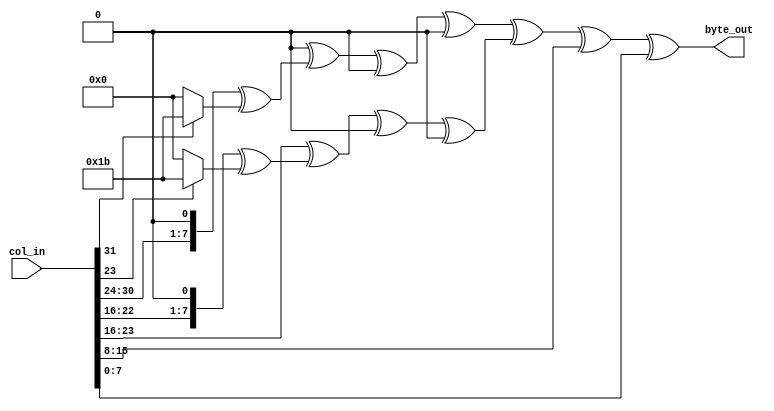

//
// AES Forward MixColumn byte module
//
// - Performs forward MixColumn operation.
// - Outputs a single byte of the new column
//
module aes_mixcolumn_byte_enc (
input   wire [31:0] col_in    ,
output  wire [ 7:0] byte_out
);


//
// Multiply by 2 in GF(2^8) modulo 8'h1b
function [7:0] xt2;
    input [7:0] a;
    xt2 = (a << 1) ^ (a[7] ? 8'h1b : 8'b0) ;
endfunction

//
// Paired down multiply by X in GF(2^8)
function [7:0] xtN;
    input[7:0] a;
    input[3:0] b;
    xtN = (b[0] ?             a   : 0) ^
          (b[1] ? xt2(        a)  : 0) ^
          (b[2] ? xt2(xt2(    a)) : 0) ^
          (b[3] ? xt2(xt2(xt2(a))): 0) ;
endfunction

wire [7:0] b3 = col_in[ 7: 0];
wire [7:0] b2 = col_in[15: 8];
wire [7:0] b1 = col_in[23:16];
wire [7:0] b0 = col_in[31:24];

assign byte_out = xtN(b0,4'd2) ^ xtN(b1,4'd3) ^ b2 ^ b3 ;

endmodule

//
// AES Inverse MixColumn byte module
//
// - Outputs a single byte of the new column
//
module aes_mixcolumn_byte_dec (
input   wire [31:0] col_in    ,
output  wire [ 7:0] byte_out
);


//
// Multiply by 2 in GF(2^8) modulo 8'h1b
function [7:0] xt2;
    input [7:0] a;
    xt2 = (a << 1) ^ (a[7] ? 8'h1b : 8'b0) ;
endfunction

//
// Paired down multiply by X in GF(2^8)
function [7:0] xtN;
    input[7:0] a;
    input[3:0] b;
    xtN = (b[0] ?             a   : 0) ^
          (b[1] ? xt2(        a)  : 0) ^
          (b[2] ? xt2(xt2(    a)) : 0) ^
          (b[3] ? xt2(xt2(xt2(a))): 0) ;
endfunction

wire [7:0] b3 = col_in[ 7: 0];
wire [7:0] b2 = col_in[15: 8];
wire [7:0] b1 = col_in[23:16];
wire [7:0] b0 = col_in[31:24];

assign byte_out = xtN(b0,4'he) ^ xtN(b1,4'hb) ^ xtN(b2,4'hd) ^ xtN(b3,4'h9);

endmodule


module aes_mixcolumn_byte (
input   wire [31:0] col_in    ,
input   wire        dec       ,
output  wire [ 7:0] byte_out
);

wire [7:0] b_dec;
wire [7:0] b_enc;

aes_mixcolumn_byte_enc i_enc(.col_in(col_in),.byte_out(b_enc));
aes_mixcolumn_byte_dec i_dec(.col_in(col_in),.byte_out(b_dec));

assign byte_out = dec ? b_dec : b_enc;

endmodule

//
// AES Forward MixColumn Word module
//
// - Outputs the entire new column.
//
module aes_mixcolumn_word_enc (

input   wire [31:0] col_in    ,
output  wire [31:0] col_out

);

wire [ 7:0] b0 = col_in[ 7: 0];
wire [ 7:0] b1 = col_in[15: 8];
wire [ 7:0] b2 = col_in[23:16];
wire [ 7:0] b3 = col_in[31:24];
    
wire [31:0] mix_in_3 = {b3, b0, b1, b2};
wire [31:0] mix_in_2 = {b2, b3, b0, b1};
wire [31:0] mix_in_1 = {b1, b2, b3, b0};
wire [31:0] mix_in_0 = {b0, b1, b2, b3};

wire [ 7:0] mix_out_3;
wire [ 7:0] mix_out_2;
wire [ 7:0] mix_out_1;
wire [ 7:0] mix_out_0;

assign col_out = {mix_out_3, mix_out_2, mix_out_1, mix_out_0};

aes_mixcolumn_byte_enc i_mc_enc_0(.col_in(mix_in_0), .byte_out(mix_out_0));
aes_mixcolumn_byte_enc i_mc_enc_1(.col_in(mix_in_1), .byte_out(mix_out_1));
aes_mixcolumn_byte_enc i_mc_enc_2(.col_in(mix_in_2), .byte_out(mix_out_2));
aes_mixcolumn_byte_enc i_mc_enc_3(.col_in(mix_in_3), .byte_out(mix_out_3));

endmodule

//
// AES Inverse MixColumn Word module
//
// - Outputs the entire new column.
//
module aes_mixcolumn_word_dec (

input   wire [31:0] col_in    ,
output  wire [31:0] col_out

);

wire [ 7:0] b0 = col_in[ 7: 0];
wire [ 7:0] b1 = col_in[15: 8];
wire [ 7:0] b2 = col_in[23:16];
wire [ 7:0] b3 = col_in[31:24];
    
wire [31:0] mix_in_3 = {b3, b0, b1, b2};
wire [31:0] mix_in_2 = {b2, b3, b0, b1};
wire [31:0] mix_in_1 = {b1, b2, b3, b0};
wire [31:0] mix_in_0 = {b0, b1, b2, b3};

wire [ 7:0] mix_out_3;
wire [ 7:0] mix_out_2;
wire [ 7:0] mix_out_1;
wire [ 7:0] mix_out_0;

assign col_out = {mix_out_3, mix_out_2, mix_out_1, mix_out_0};

aes_mixcolumn_byte_dec i_mc_dec_0(.col_in(mix_in_0), .byte_out(mix_out_0));
aes_mixcolumn_byte_dec i_mc_dec_1(.col_in(mix_in_1), .byte_out(mix_out_1));
aes_mixcolumn_byte_dec i_mc_dec_2(.col_in(mix_in_2), .byte_out(mix_out_2));
aes_mixcolumn_byte_dec i_mc_dec_3(.col_in(mix_in_3), .byte_out(mix_out_3));

endmodule

//
// AES mix column module
//
// - Performs forward or Inverse MixColumn operation.
// - Outputs the entire new column.
//
module aes_mixcolumn (

input   wire [31:0] col_in    ,
input   wire        dec       ,
output  wire [31:0] col_out

);

parameter DECRYPT_EN = 1;

wire [31:0] col_enc;
wire [31:0] col_dec;

aes_mixcolumn_word_enc i_enc_word(.col_in(col_in),.col_out(col_enc));

generate if(DECRYPT_EN) begin: decrypt_enabled
aes_mixcolumn_word_dec i_dec_word(.col_in(col_in),.col_out(col_dec));
end else begin: decrypt_disabled
assign col_dec = 32'b0;
end endgenerate

assign col_out = dec && DECRYPT_EN ? col_dec : col_enc;

endmodule